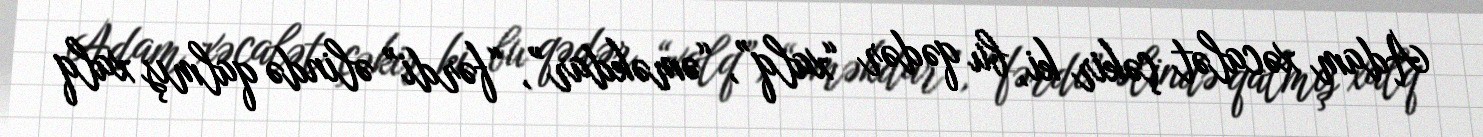
Adam xəcalət çəkir ki, bu qədər “xalq”, “əməkdar”, “fərdi” əlində qalmış xalq